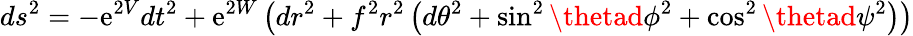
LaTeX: ds^{2}=-\mathrm{e}^{2V}dt^{2}+\mathrm{e}^{2W}\left(dr^{2}+f^{2}r^{2}\left(d\theta^{2}+\sin^{2}\thetad\phi^{2}+\cos^{2}\thetad\psi^{2}\right)\right)